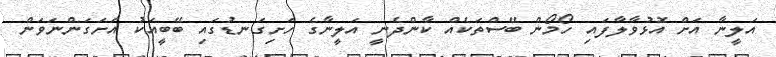
އަލީނާ އަށް އޮޅުވާލާފައި ހޯމޯން ބޭސްތަކެއް ކާންދެނީ އަލީނާގެ ހަށިގަނޑުގައި ބޭބީއަކު އަށަގަންނަވަން